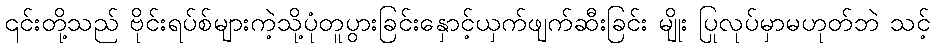
၎င်းတို့သည် ဗိုင်းရပ်စ်များကဲ့သို့ပုံတူပွားခြင်းနှောင့်ယှက်ဖျက်ဆီးခြင်း မျိုး ပြုလုပ်မှာမဟုတ်ဘဲ သင့်